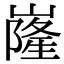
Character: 嶐